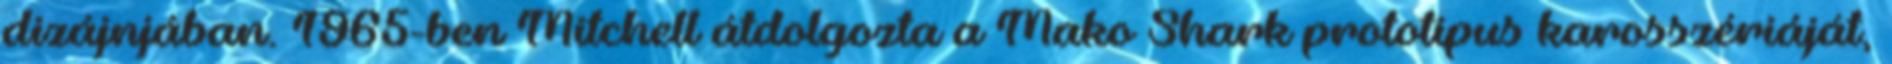
dizájnjában. 1965-ben Mitchell átdolgozta a Mako Shark prototípus karosszériáját,